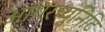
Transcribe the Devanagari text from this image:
ऑपरच्युनिटि